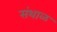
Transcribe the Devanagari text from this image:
संथाळ